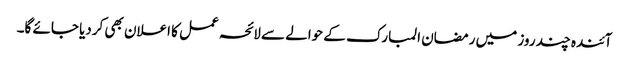
آئندہ چند روز میں رمضان المبارک کے حوالے سے لائحہ عمل کا اعلان بھی کردیا جائے گا۔